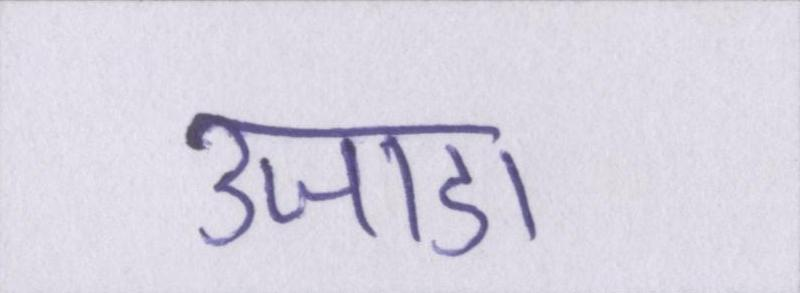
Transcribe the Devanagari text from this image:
उजाडा